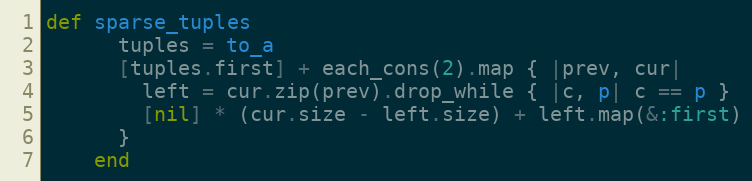
Language: Ruby
def sparse_tuples
      tuples = to_a
      [tuples.first] + each_cons(2).map { |prev, cur|
        left = cur.zip(prev).drop_while { |c, p| c == p }
        [nil] * (cur.size - left.size) + left.map(&:first)
      }
    end